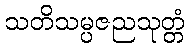
သတိသမ္ပဇညသုတ္တံ